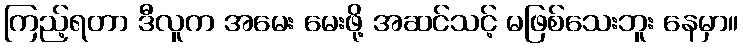
ကြည့်ရတာ ဒီလူက အမေး မေးဖို့ အဆင်သင့် မဖြစ်သေးဘူး နေမှာ။